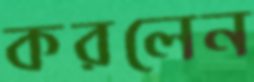
করলেন